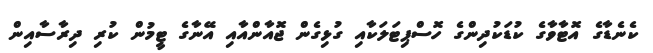
ކެނެޑާގެ އޮޓާވާގެ ކުޑަކުދިންގެ ހޮސްޕިޓަލަކާއި ގުޅިގެން ޖޮއާންއާއި އޭނާގެ ޓީމުން ކުރި ދިރާސާއިން